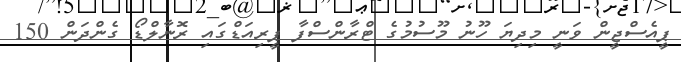
ޕީއެސްޖީން ވަނީ މިދިޔަ ހޫނު މޫސުމުގެ ޓްރާންސްފާ ޕީރިއަޑްގައި ރޮނާލްޑޯ ގެންދަން 150